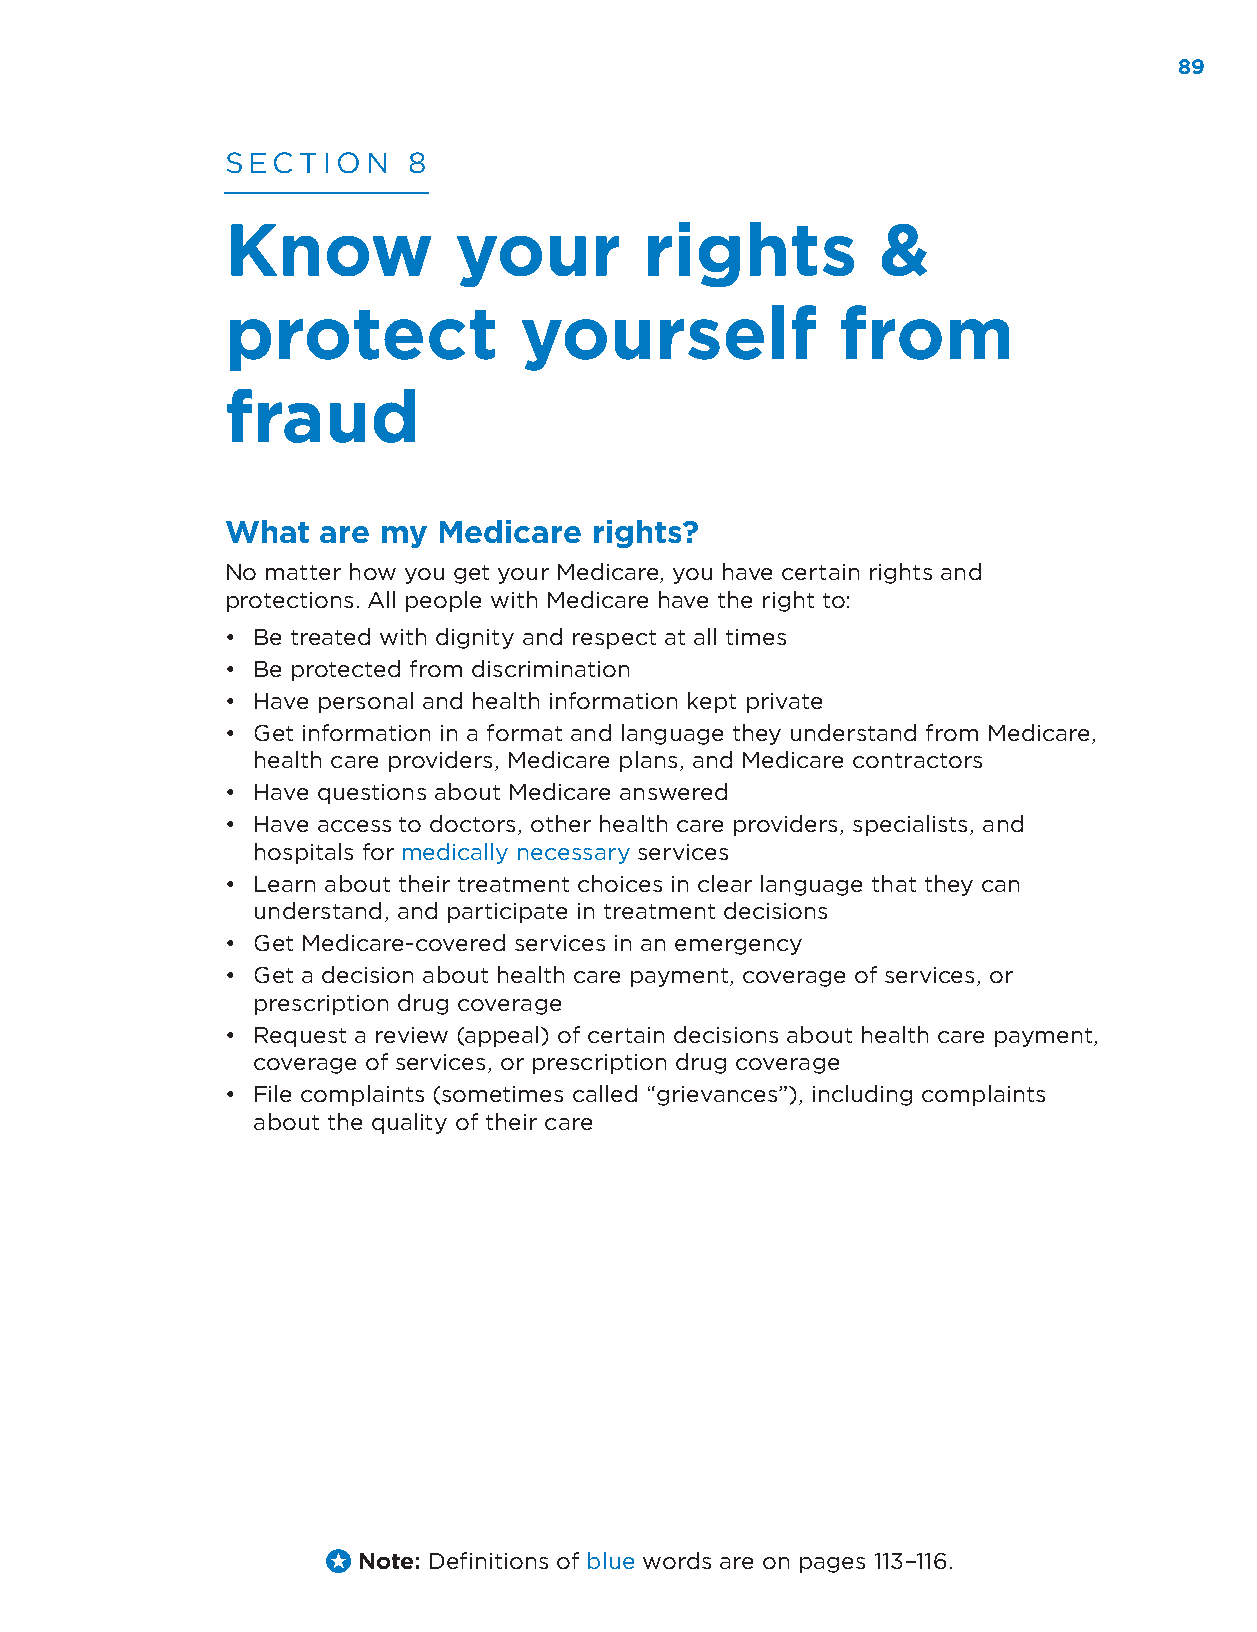
89
 SECTION     8
 Know           your         rights         &
 protect            yourself              from
 fraud
 What  are my  Medicare  rights?
 No matter how you get your Medicare, you have certain rights and
 protections. All people with Medicare have the right to:
 • Be treated with dignity and respect at all times
 • Be protected from discrimination
 • Have personal and health information kept private
 • Get information in a format and language they understand from Medicare,
 health care providers, Medicare plans, and Medicare contractors
 • Have questions about Medicare answered
 • Have access to doctors, other health care providers, specialists, and
 hospitals for medically necessary services
 • Learn about their treatment choices in clear language that they can
 understand, and participate in treatment decisions
 • Get Medicare-covered services in an emergency
 • Get a decision about health care payment, coverage of services, or
 prescription drug coverage
 • Request a review (appeal) of certain decisions about health care payment,
 coverage of services, or prescription drug coverage
 • File complaints (sometimes called “grievances”), including complaints
 about the quality of their care
 Note: Definitions of blue words are on pages 113–116.